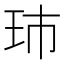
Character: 𮴋